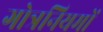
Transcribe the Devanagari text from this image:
गोत्रनियमों